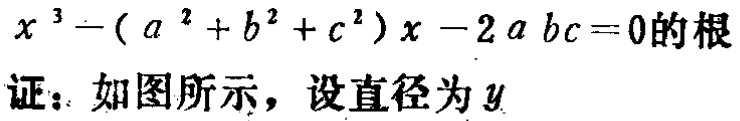
\(x^{3}-(a^{2}+b^{2}+c^{2})x - 2abc = 0\)的根
证：如图所示，设直径为\(y\)